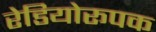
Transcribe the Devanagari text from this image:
रेडियोरूपक